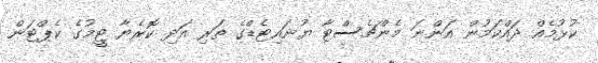
ކުޅުމެއް ދައްކަމުން އަންނަ މެންޗެސްޓާ ޔުނައިޓެޑްގެ ތަރި އަދި ކޮރެޔާ ޓީމުގެ ކެޕްޓަން